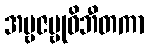
အမ္ဗဇမ္ဗုဝိဘီတကာ